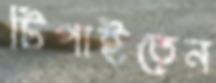
টিপাইতেন